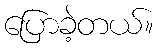
ပြောခဲ့တယ်။